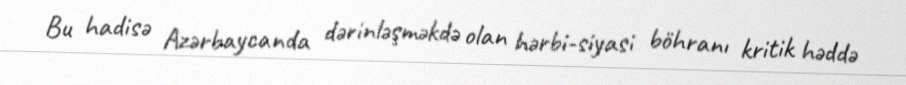
Bu hadisə Azərbaycanda dərinləşməkdə olan hərbi-siyasi böhranı kritik həddə